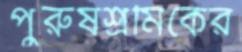
পুরুষশ্রমিকের